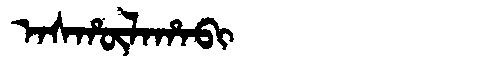
Manchu: ᠠᠰᡥᡡᠯᠠᡥᠠᠪᡳ
Romanization: ASHŪLAHABI